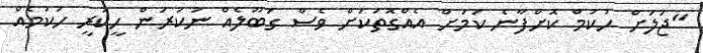
"ޖަލަށް ހުކުމް ކޮށްފާނެ ކަމަށް އެއްގޮތަކަށް ވެސް ގަބޫލެއް ނުކުރަން ހީކުރީ ހުކުމެއް